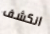
انكشف